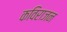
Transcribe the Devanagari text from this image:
कविराजन